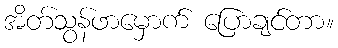
အိတ်သွန်ဖာမှောက် ပြောချင်တာ။